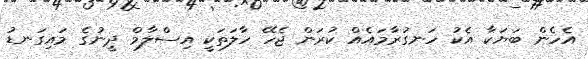
އެހެން ބަޔަކާ އެކު ހަނގުރާމައެއް ކުރަން ޖެހޭ ހާލަތަކީ އިސްލާމް ދީނުގެ މައިގަނޑު